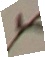
e